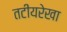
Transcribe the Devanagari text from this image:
तटीयरेखा